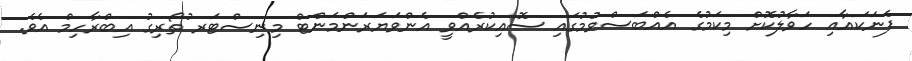
ފެނަކައާއި ހަވާލުކޮށް މިކަމުގެ އެއްބަސްވުމުގައި ސޮއިކުރެއްވީ އެންވަޔަރަންމަންޓް މިނިސްޓަރ ުތޯރިގު އިބްރާހިމް އެވެ.